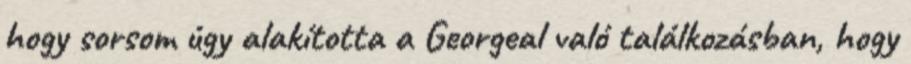
hogy sorsom úgy alakította a Georgeal való találkozásban, hogy